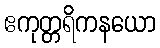
ဧကုတ္တရိကနယော